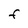
Character: F